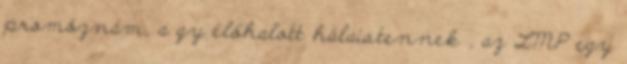
promóznám, a gy élőhalott hálaistennek , az LMP egy